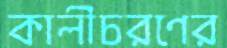
কালীচরণের